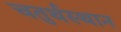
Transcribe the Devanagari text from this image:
चतुर्थस्थान